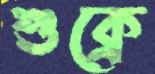
শুক্রে